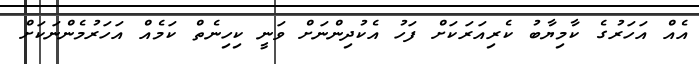
އެއް އަހަރުގެ ކާމިޔާބު ކެރިއަރަކަށް ފަހު އެކުދިންނަށް ވަނީ ކިހިނެތް ކަމެއް އަހަރުމެންނަކަށް